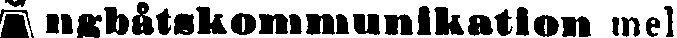
Ångbåtskommunikation mel